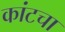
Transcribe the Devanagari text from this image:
कांटचा